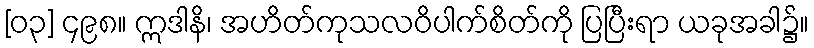
[၀၃] ၄၉၈။ ဣဒါနိ၊ အဟိတ်ကုသလဝိပါက်စိတ်ကို ပြပြီးရာ ယခုအခါ၌။